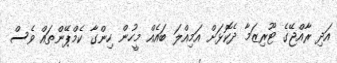
އަދި ރާއްޖޭގެ ޓޫރިޒަމާ ދެކޮޅަށް އަމިއްލަ ބައެއް މީހުން ހިންގާ ކެމްޕޭންތައް ވެސް